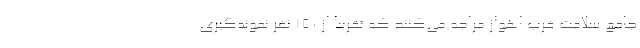
جامع سلامت غرب اهواز مراجه می‌کنند که تقرببا از ۱۵۰ نفر نمونه‌گیری